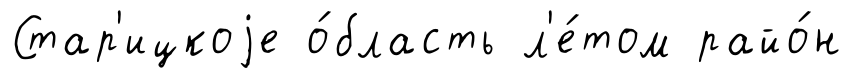
Стар'ицкоjе о́бласть л'е́том райо́н